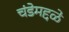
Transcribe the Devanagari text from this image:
चंडेमद्दळे